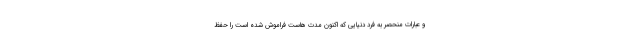
و عبارات منحصر به فرد دنیایی که اکنون مدت هاست فراموش شده است را حفظ